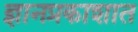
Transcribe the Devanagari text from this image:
ज्ञानप्रकाशात